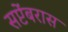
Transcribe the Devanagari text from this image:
सप्टेंबरास